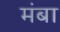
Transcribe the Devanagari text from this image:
मंबा